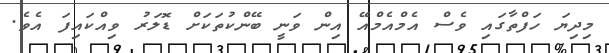
މިދިޔަ ހަފްތާގައި ވެސް އެމްއެމްއޭ އިން ވަނީ ބޭންކުތަކަށް ޑޮލަރު ވިއްކައިފަ އެވެ.